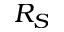
R _ { S }